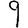
Digit: 9